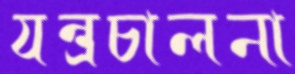
যন্ত্রচালনা